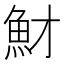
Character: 𩵝